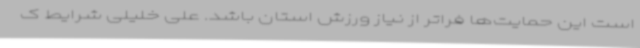
است این حمایت‌ها فراتر از نیاز ورزش استان باشد. علی خلیلی شرایط ک